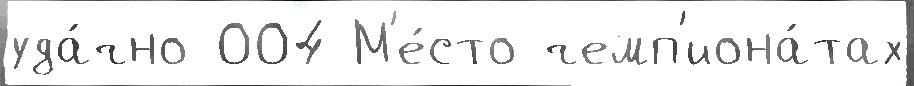
уда́чно 004 М'е́сто чемп'иона́тах